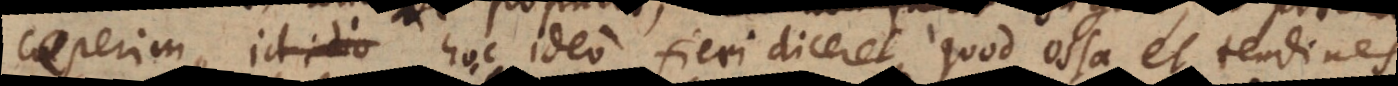
ceperim, hoc ideo fieri diceret, quod ossa et tendines